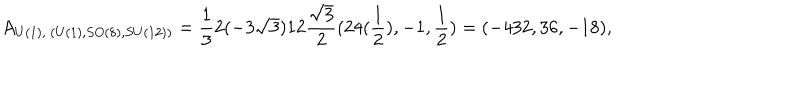
A _ { U ( 1 ) , ~ ( U ( 1 ) , S O ( 8 ) , S U ( 1 2 ) ) } = \frac { 1 } { 3 } 2 ( - 3 \sqrt { 3 } ) 1 2 \frac { \sqrt { 3 } } { 2 } ( 2 4 ( \frac { 1 } { 2 } ) , - 1 , \frac { 1 } { 2 } ) = ( - 4 3 2 , 3 6 , - 1 8 ) ,